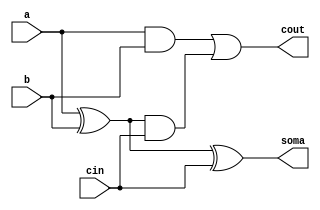
// -------------------------
// Exemplo0033
// Nome: Marcio Enio Gonalves Dutra Junior
// -------------------------

// -------------------------
// full adder
// -------------------------
module fullAdder (soma, cout, a, b, cin);
	input a, b, cin;
	output soma, cout;
	wire s1, c1, c2;
	
	xor (s1, a, b);
	and (c1, a, b);
	xor (soma, s1, cin);
	and (c2, s1, cin);
	or (cout, c1, c2);
endmodule

// -------------------------
// full adder 3bits
// -------------------------
module fullAdder3 (soma, cout, a, b, cin);
	output [2:0] soma;
	output  cout;
	input [2:0] a, b;
	input cin;
	wire c3, c2, c1;
	
	  fullAdder  fa0 (soma[0], c1, a[0], b[0], cin);
	  fullAdder  fa1 (soma[1], c2, a[1], b[1], c1);
	  fullAdder  fa2 (soma[2], cout, a[2], b[2], c2);
endmodule

// -------------------------
// Zero Flag
// -------------------------
module zeroflag(output s, input[2:0] entrada);
	nor(s,entrada[0],entrada[1],entrada[2]);
endmodule

module AU(output[2:0] s, output cout, input[2:0] a,input[2:0] b, input cin);
	wire[2:0] s1, s2;
	wire c1, c2;
	
	fullAdder3 fa1(s2,c2,a,b,cin);
	
	assign s = s2;
	assign cout = c2;
endmodule

module test_subsoma;
	// ------------------------- definir dados
	reg [2:0] x;
	reg [2:0] y;
	reg cin;
	wire zf;
	wire cout;
	wire[2:0] resultado;
	
	AU au1(resultado, cout, x, y, cin);
	zeroflag zf1(zf, resultado);
	// ------------------------- parte principal
	initial begin
		$display("Exemplo0033 - Marcio Enio Gonalves Dutra Junior - 441698");
		$display("Test");
		
		cin = 0;
		#1 x = 3'b000; y = 3'b001;
		
		$monitor ("%b + %b = %b		Zero: %b",x,y,resultado,zf);
		#1 x = 3'b000;
		#1 x = 3'b010;
		#1 x = 3'b001;
		#1 x = 3'b001;
		#1 x = 3'b000;
		#1 x = 3'b110;
		#1 x = 3'b000;
	end
endmodule